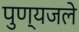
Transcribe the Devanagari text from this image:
पुण्यजले